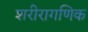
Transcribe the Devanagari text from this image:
शरीरागणिक